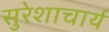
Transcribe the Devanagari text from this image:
सुरेशाचार्य